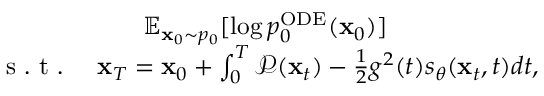
\begin{array} { r } { \mathbb { E } _ { \mathbf { x } _ { 0 } \sim p _ { 0 } } [ \log p _ { 0 } ^ { \mathrm { O D E } } ( \mathbf { x } _ { 0 } ) ] \qquad \qquad \qquad } \\ { \mathrm { ~ s ~ . ~ t ~ . ~ } \quad \mathbf { x } _ { T } = \mathbf { x } _ { 0 } + \int _ { 0 } ^ { T } \mathcal { P } ( \mathbf { x } _ { t } ) - \frac { 1 } { 2 } g ^ { 2 } ( t ) s _ { \theta } ( \mathbf { x } _ { t } , t ) d t , } \end{array}